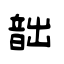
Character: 韷